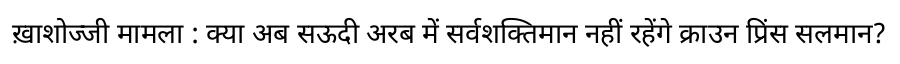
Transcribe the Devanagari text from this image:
ख़ाशोज्जी मामला : क्या अब सऊदी अरब में सर्वशक्तिमान नहीं रहेंगे क्राउन प्रिंस सलमान?